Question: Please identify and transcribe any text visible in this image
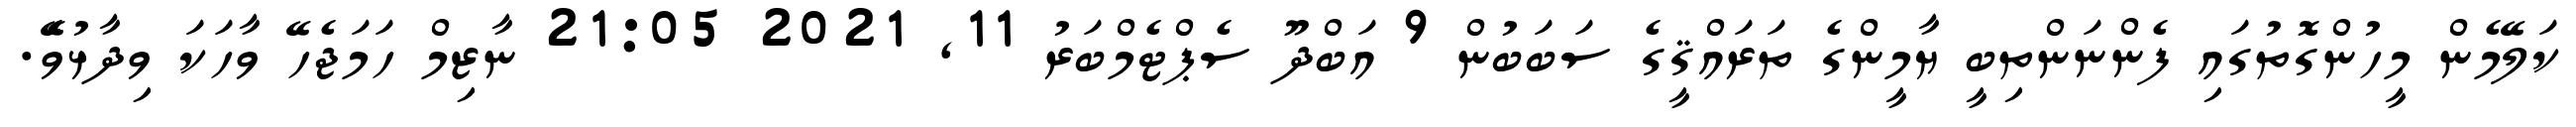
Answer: ކަލޭމެން މީހުންގޮތުގައި ފެންނަންތިބީ ޔާމީންގެ ތަރައްޤީގެ ސަބަބުން 9 އަބްދޫ ސެޕްޓެމްބަރު 11, 2021 21:05 ނާޒިމް ހަމަޖެހޭ ވާހަކަ ވިދާޅުވެޭ.